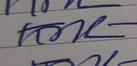
Signature authenticity: genuine